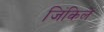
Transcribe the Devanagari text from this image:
जिंकिले